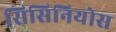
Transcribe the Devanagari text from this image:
सिसिनियोस